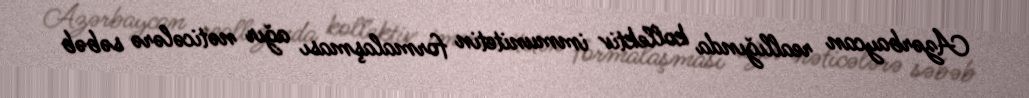
Azərbaycan reallığında kollektiv immunitetin formalaşması ağır nəticələrə səbəb